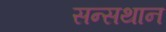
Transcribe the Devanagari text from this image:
सन्सथान